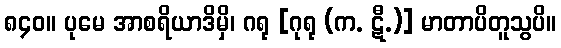
၈၄၀။ ပုမေ အာစရိယာဒိမှိ၊ ဂရု [ဂုရု (က. ဋီ.)] မာတာပိတူသွပိ။